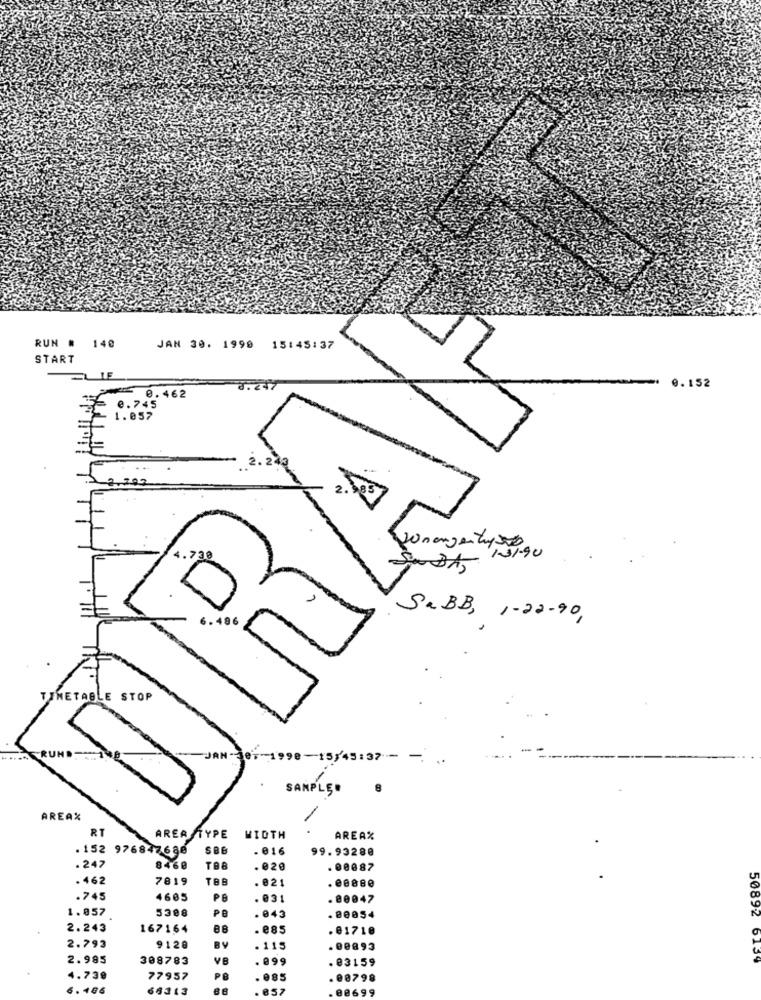
140
RUN .
JAN 30. 1999 15:45:37
START
0.152
0.462
e.745
1.057
131-90
SUBAS
SaBB, 1-22-90,
6 . 486
ABLE STOP
JAN-Je7-1998-15/45:37 --- -
SAMPLE·
8
AREAX
RT
AREA TYPE
WIDTH
AREAX
. 152 976847680
586
016
99.93288
.247
8460
.020
. 08887
. 462
7819
TBB
. 021
. 08880
.745
4605
PE
. 031
. 80047
1.057
PB
.80054
5388
. 043
2.243
167164
. €85
. 01710
2.793
9128
BY
.115
.00893
2.985
308783
VB
899
. 03159
50892 6139
4.739
77957
PO
.085
. 08798
6.486
65313
. 857
. 08699